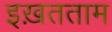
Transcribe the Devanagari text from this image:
इख़तताम